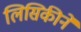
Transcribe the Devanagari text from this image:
लिसिकीने